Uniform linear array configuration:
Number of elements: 32
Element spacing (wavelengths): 0.25
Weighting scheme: kaiser
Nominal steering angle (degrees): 15
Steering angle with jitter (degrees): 15.726
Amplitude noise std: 0.05
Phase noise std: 0.05

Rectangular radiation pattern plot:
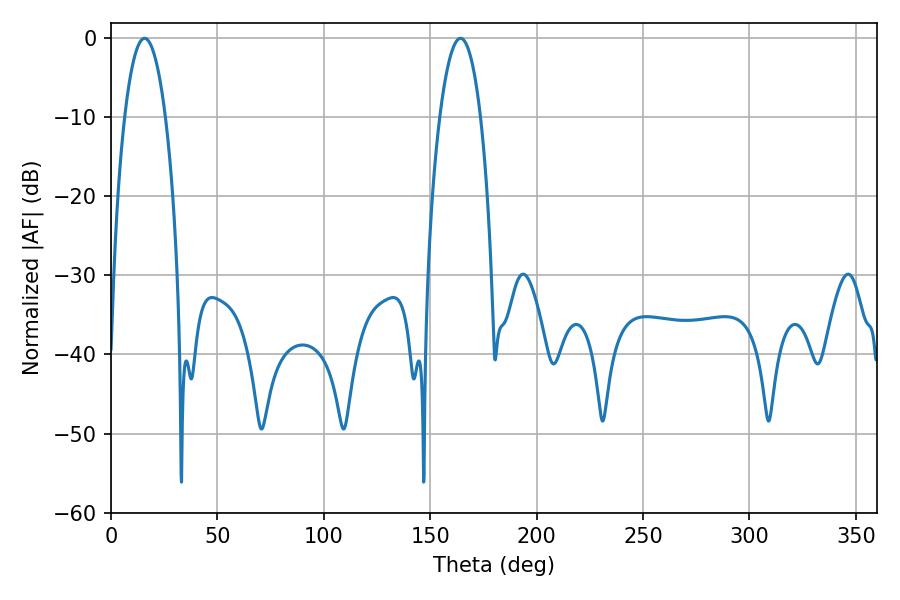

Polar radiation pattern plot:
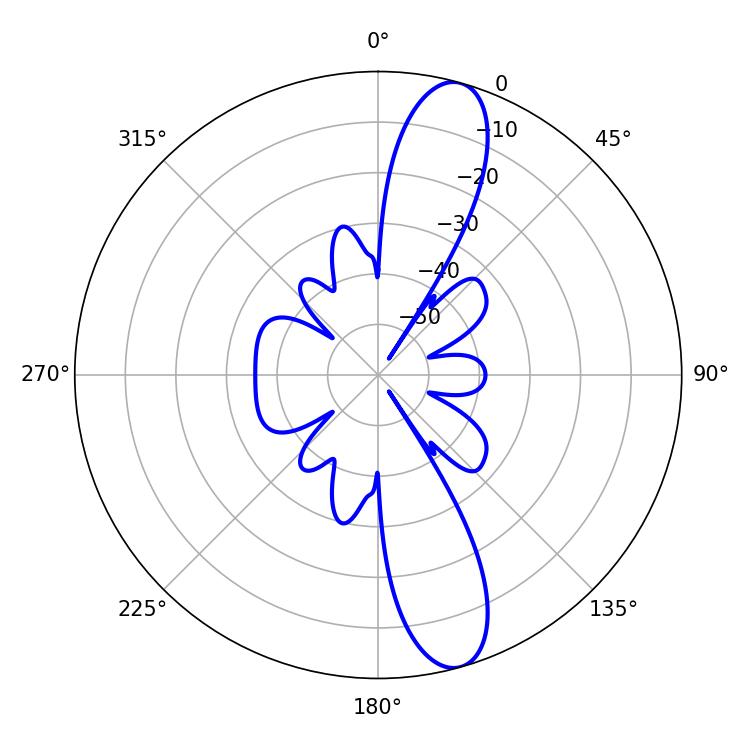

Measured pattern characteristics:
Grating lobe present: FALSE
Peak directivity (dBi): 12.673
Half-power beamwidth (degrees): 10.8
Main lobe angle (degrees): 15.84